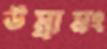
উম্রামং